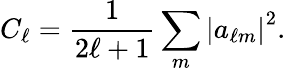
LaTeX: C_{\ell}=\frac{1}{2\ell+1}\sum_{m}\left|a_{\ell m}\right|^{2}.